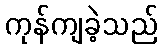
ကုန်ကျခဲ့သည်